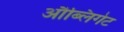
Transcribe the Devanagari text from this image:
औब्लिगेट